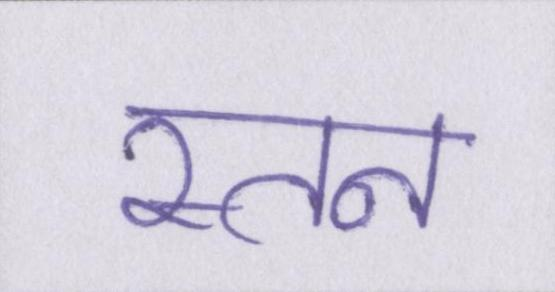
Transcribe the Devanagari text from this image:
स्तन